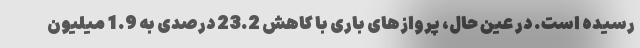
رسیده است. در عین حال، پروازهای باری با کاهش 23.2 درصدی به 1.9 میلیون